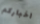
اخباركم